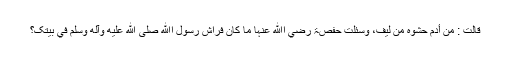
قَالَتْ : مِنْ أَدَمٍ حَشْوُہُ مِنْ لِیْفٍ، وَسُئِلَتْ حَفْصَۃُ رضي اﷲ عنہا مَا کَانَ فِرَاشُ رَسُوْلِ اﷲِ صلى الله عليه وآله وسلم فِي بَیْتِکَ؟